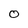
Character: O